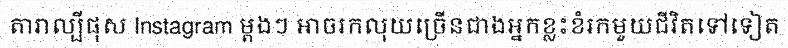
តារាល្បីផុស Instagram ម្តងៗ អាចរកលុយច្រើនជាងអ្នកខ្លះខំរកមួយជីវិតទៅទៀត